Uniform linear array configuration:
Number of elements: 64
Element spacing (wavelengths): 0.5
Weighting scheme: kaiser
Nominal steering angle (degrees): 15
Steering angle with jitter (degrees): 16.222
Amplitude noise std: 0.05
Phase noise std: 0.05

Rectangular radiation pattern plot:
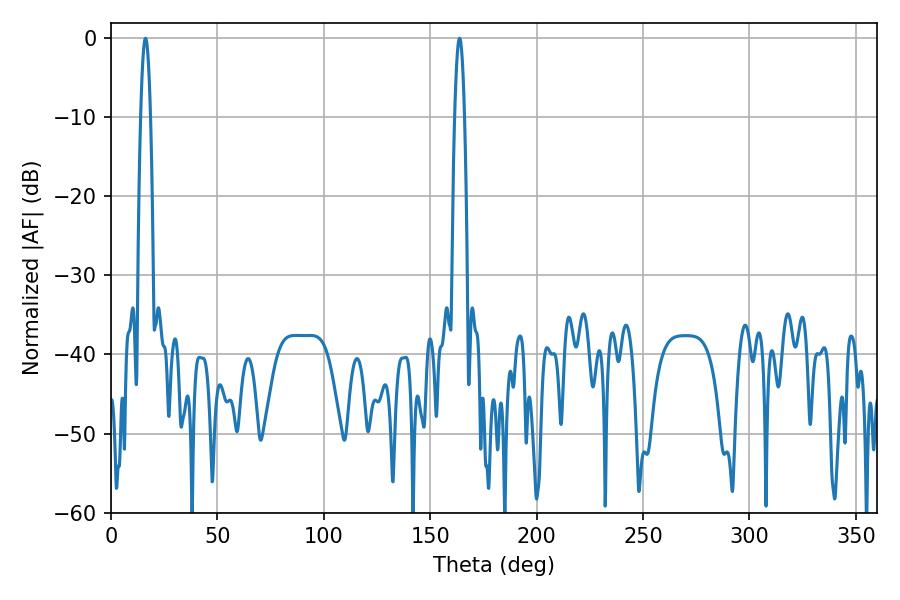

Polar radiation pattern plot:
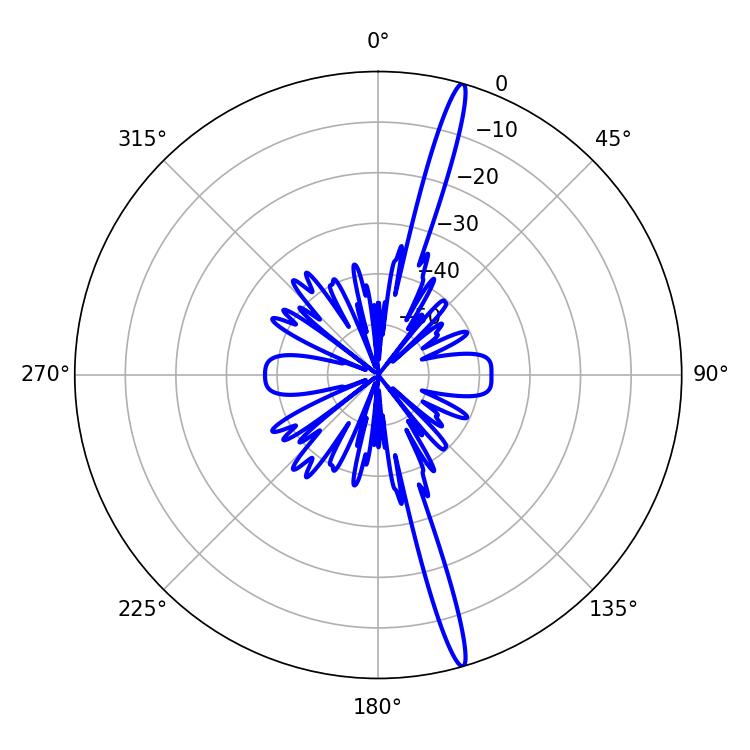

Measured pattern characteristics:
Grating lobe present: FALSE
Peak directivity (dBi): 18.699
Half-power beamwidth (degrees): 2.52
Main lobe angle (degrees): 16.2